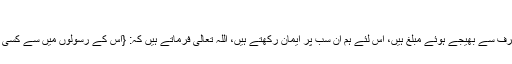
} (البقرۃ: 285)
چونکہ یہ انبیاء اللہ کی طرف سے بھیجے ہوئے مبلغ ہیں، اس لئے ہم ان سب پر ایمان رکھتے ہیں، اللہ تعالی فرماتے ہیں کہ: {اس کے رسولوں میں سے کسی میں ہم تفریق نہیں کرتے۔